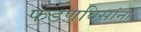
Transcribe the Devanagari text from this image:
फडणविसांना